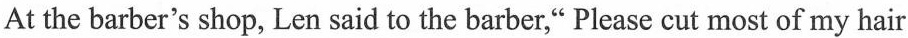
At the barber's shop, Len said to the barber," Please cut most of my hair